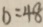
b = 4 8